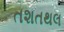
તશતથલ